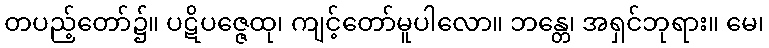
တပည့်တော်၌။ ပဋိပဇ္ဇေထု၊ ကျင့်တော်မူပါလော။ ဘန္တေ၊ အရှင်ဘုရား။ မေ၊